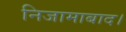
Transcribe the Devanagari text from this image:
निजामाबाद।